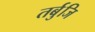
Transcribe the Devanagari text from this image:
तर्बुजि